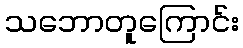
သဘောတူကြောင်း